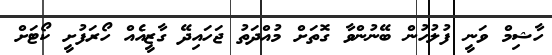
ހާޝިމް ވަނީ ފުލުހުން ބޭނުންވާ ގޮތަށް މުއްދަތު ޖަހައިދޭ ގާޒީއެއް ހޯރަފުށީ ކޯޓަށް